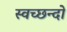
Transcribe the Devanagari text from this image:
स्वच्छन्दो